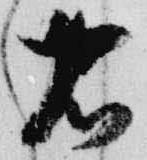
右